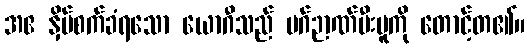
အဧ နှိပ်စက်ခံရသော ယောဂီသည် မဂ်ဉာဏ်မီးပူကို တောင့်တ၏။